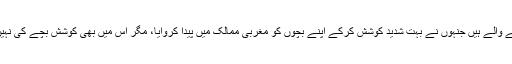
ہاں، آج کل میرے کئی جاننے والے ہیں جنہوں نے بہت شدید کوشش کرکے اپنے بچوں کو مغربی ممالک میں پیدا کروایا، مگر اس میں بھی کوشش بچے کی نہیں، ان کے والدین کی ٹھہری۔